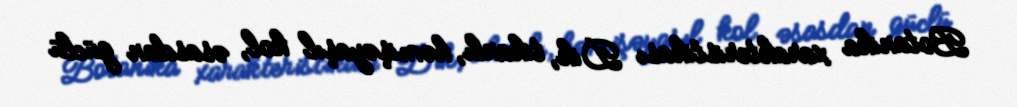
Botanika xarakteristikası Dik, tikanlı, həmişəyaşıl kol, əsasdan güclü